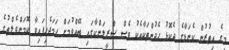
މީގެ އިތުރުން ކެނަޑާގެ ދެކޮޅު ހެދުންތަކާއެކު ވެސް ސްރީލަންކާގައި ބޭއްވުމަށް ހަމަޖެހިފައިވާ ކޮމަންވެލްތުގެ